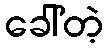
ခေါ်တဲ့